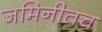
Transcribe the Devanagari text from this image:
जमिनीतच